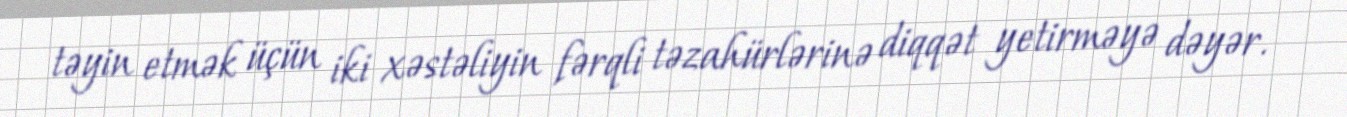
təyin etmək üçün iki xəstəliyin fərqli təzahürlərinə diqqət yetirməyə dəyər.